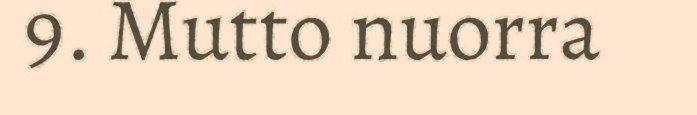
9. Mutto nuorra